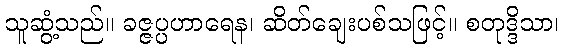
သူဆွံ့သည်။ ခဇ္ဇပ္ပဟာရေန၊ ဆိတ်ချေးပစ်သဖြင့်။ စတုဒ္ဒိသာ၊